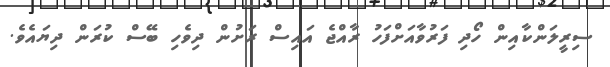
ސިރީލަންކާއިން ހޯދި ފަރުވާއަށްފަހު ރާއްޖެ އައިސް ރަށުން ދިވެހި ބޭސް ކުރަން ދިޔައެވެ.